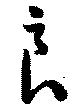
良